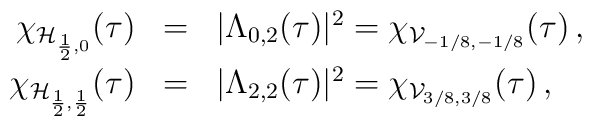
\renewcommand{\arraystretch}{1.2}  \begin{array}{rcl}    \chi_{\mathcal{H}_{\frac12,0}}(\tau)     &=&     |\Lambda_{0,2}(\tau)|^2     = \chi_{\mathcal{V}_{-1/8,-1/8}}(\tau)\,,     \\    \chi_{\mathcal{H}_{\frac12,\frac12}}(\tau)     &=&     |\Lambda_{2,2}(\tau)|^2     =    \chi_{\mathcal{V}_{3/8,3/8}}(\tau)\,,  \end{array}